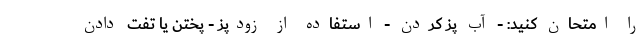
را امتحان کنید: - آب پز کردن - استفاده از زودپز - پختن یا تفت دادن